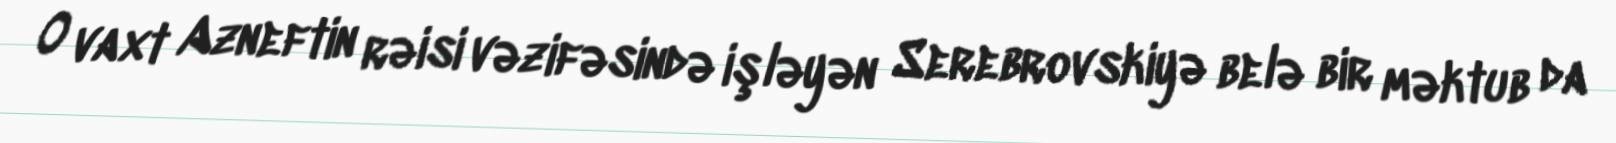
O vaxt Azneftin rəisi vəzifəsində işləyən Serebrovskiyə belə bir məktub da